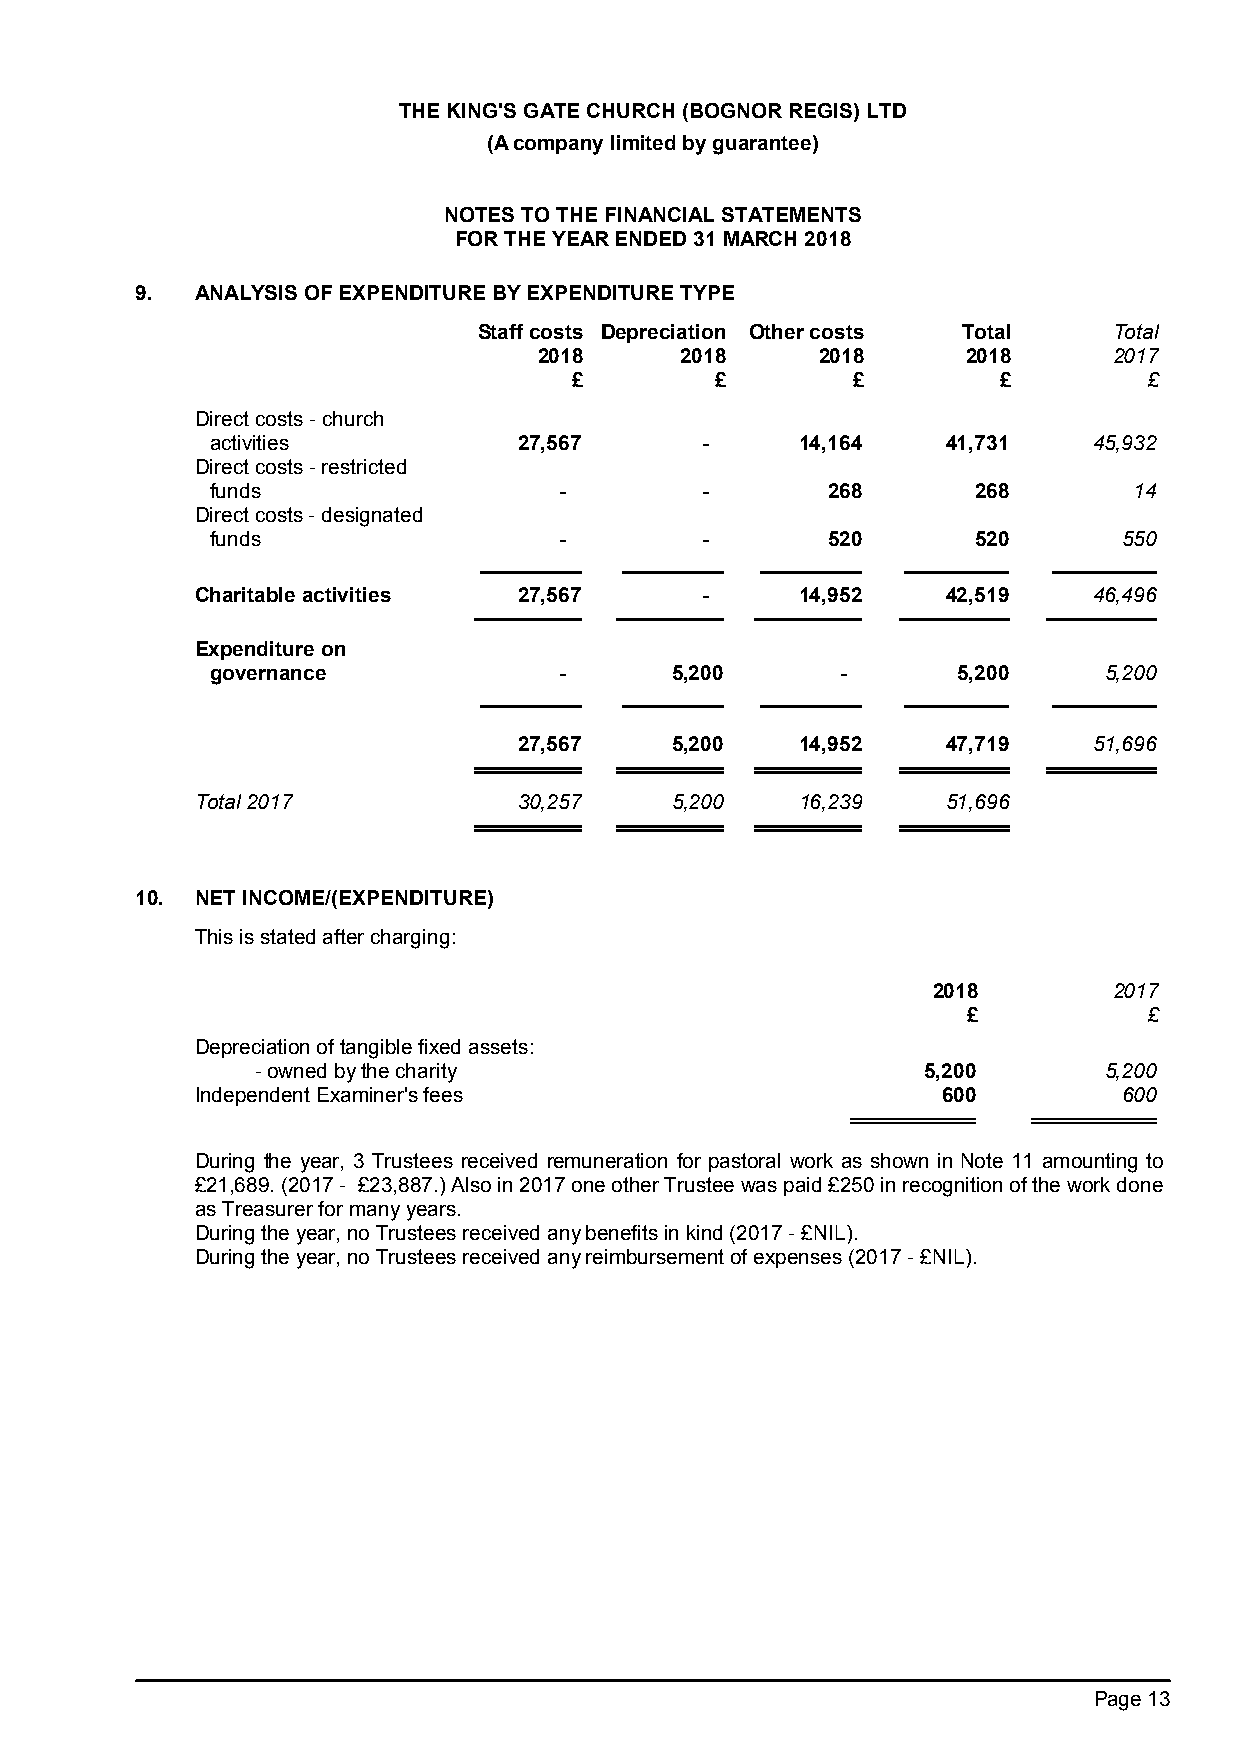
THE KING'S GATE CHURCH (BOGNOR REGIS) LTD
 (A company limited by guarantee)
 NOTES TO THE FINANCIAL STATEMENTS
 FOR THE YEAR ENDED 31 MARCH 2018
 9.  ANALYSIS OF EXPENDITURE BY EXPENDITURE TYPE
 Staff costs Depreciation Other costs Total Total
 2018     2018     2018      2018      2017
 £        £        £         £         £
 Direct costs - church
 activities          27,567      -      14,164    41,731   45,932
 Direct costs - restricted
 funds                  -        -        268      268        14
 Direct costs - designated
 funds                  -        -        520      520       550
 Charitable activities 27,567     -      14,952    42,519   46,496
 Expenditure on
 governance             -      5,200       -      5,200     5,200
 27,567    5,200    14,952    47,719   51,696
 Total 2017           30,257    5,200    16,239    51,696
 10. NET INCOME/(EXPENDITURE)
 This is stated after charging:
 2018        2017
 £           £
 Depreciation of tangible fixed assets:
 - owned by the charity                      5,200       5,200
 Independent Examiner's fees                      600         600
 During the year, 3 Trustees received remuneration for pastoral work as shown in Note 11 amounting to
 £21,689. (2017 - £23,887.) Also in 2017 one other Trustee was paid £250 in recognition of the work done
 as Treasurer for many years.
 During the year, no Trustees received any benefits in kind (2017 - £NIL).
 During the year, no Trustees received any reimbursement of expenses (2017 - £NIL).
 Page 13